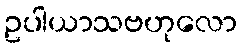
ဥပါယာသဗဟုလော